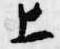
上